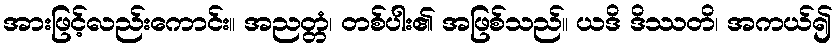
အားဖြင့်လည်းကောင်း။ အညတ္တံ၊ တစ်ပါး၏ အဖြစ်သည်။ ယဒိ ဒိဿတိ၊ အကယ်၍